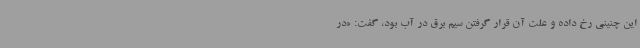
این چنینی رخ داده و علت آن قرار گرفتن سیم برق در آب بود، گفت: «در